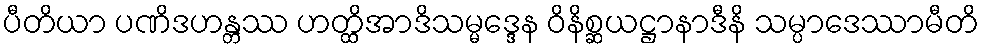
ပီတိယာ ပဏိဒဟန္တဿ ဟတ္ထိအာဒိသမ္မဒ္ဒေန ဝိနိစ္ဆယဋ္ဌာနာဒီနိ သမ္ပာဒေဿာမီတိ